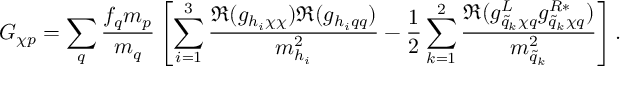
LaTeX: G _ { \chi p } = \sum _ { q } { \frac { f _ { q } m _ { p } } { m _ { q } } } \left[ \sum _ { i = 1 } ^ { 3 } { \frac { \Re ( g _ { h _ { i } \chi \chi } ) \Re ( g _ { h _ { i } q q } ) } { m _ { h _ { i } } ^ { 2 } } } - { \frac { 1 } { 2 } } \sum _ { k = 1 } ^ { 2 } { \frac { \Re ( g _ { \tilde { q } _ { k } \chi q } ^ { L } g _ { \tilde { q } _ { k } \chi q } ^ { R * } ) } { m _ { \tilde { q } _ { k } } ^ { 2 } } } \right] .